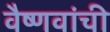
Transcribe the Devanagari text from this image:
वैष्णवांची